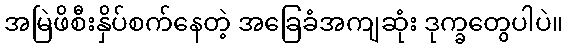
အမြဲဖိစီးနှိပ်စက်နေတဲ့ အခြေခံအကျဆုံး ဒုက္ခတွေပါပဲ။